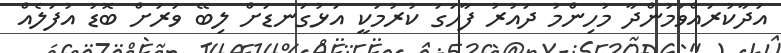
އަދާކުރައްވަމުންދާ މުހިންމު ދައުރު ފާހަގަ ކުރުމަކީ އަޅުގަނޑަށް ލިބޭ ވަރަށް ބޮޑު އުފަލެއް